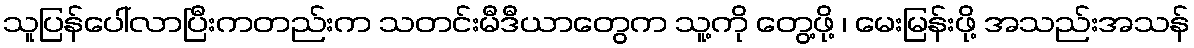
သူပြန်ပေါ်လာပြီးကတည်းက သတင်းမီဒီယာတွေက သူ့ကို တွေ့ဖို့ ၊ မေးမြန်းဖို့ အသည်းအသန်